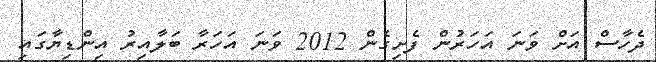
ދެހާސް އަށް ވަނަ އަހަރުން ފެށިގެން 2012 ވަނަ އަހަރާ ބަލާއިރު އިންޑިޔާގައި